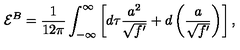
{ \cal E } ^ { B } = \frac 1 { 1 2 \pi } \int _ { - \infty } ^ { \infty } \left[ d \tau \frac { a ^ { 2 } } { \sqrt { f ^ { \prime } } } + d \left( \frac a { \sqrt { f ^ { \prime } } } \right) \right] ,